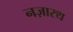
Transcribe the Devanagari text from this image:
नज़ारथ